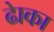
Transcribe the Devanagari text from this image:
ढाेका